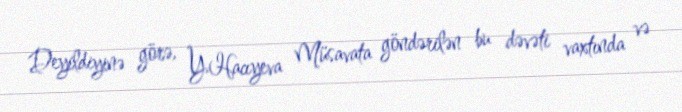
Deyildiyinə görə, Y.Hacıyeva Müsavata göndərilən bu dəvəti vaxtında və